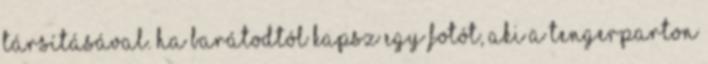
társításával. Ha barátodtól kapsz egy fotót, aki a tengerparton